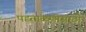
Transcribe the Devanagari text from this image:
पडताळणीसाठी